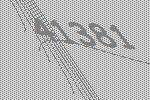
41381